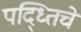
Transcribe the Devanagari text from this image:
पद्ध्तिचे